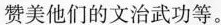
赞美他们的文治武功等。